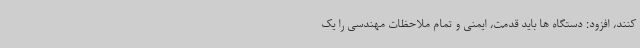
کنند، افزود: دستگاه ها باید قدمت، ایمنی و تمام ملاحظات مهندسی را یک